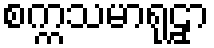
စက္ကသမာရုဠှာ